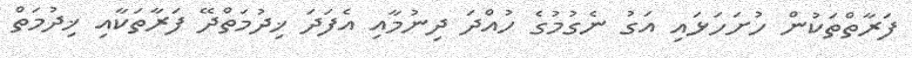
ފަރާތްތަކުން ހުށަހަޅައި އަގު ނެގުމުގެ ހުއްދަ ދިނުމާއި އެފަދަ ޚިދުމަތްދޭ ފަރާތަކާއި ޚިދުމަތް